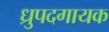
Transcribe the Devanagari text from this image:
ध्रुपदगायक